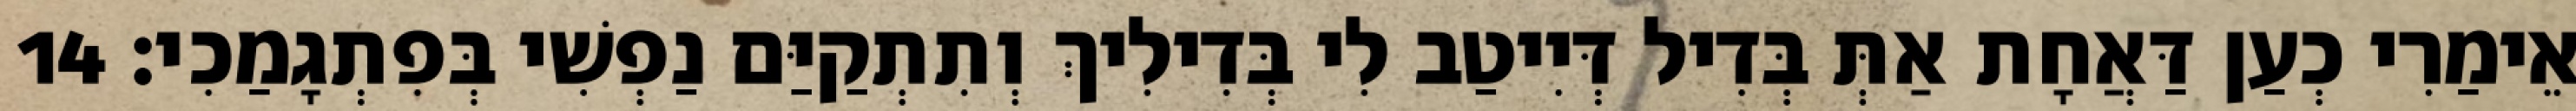
אֵימַרִי כְעַן דַּאֲחָת אַתְּ בְּדִיל דְּיִיטַב לִי בְּדִילִיךְ וְתִתְקַיַּם נַפְשִׁי בְּפִתְגָמַכִי׃ 14